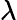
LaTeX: \lambda